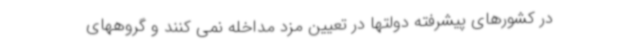
در کشورهای پیشرفته دولتها در تعیین مزد مداخله نمی کنند و گروههای